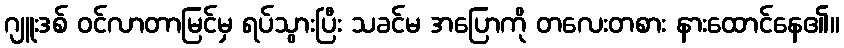
ဂျူးဒစ် ဝင်လာတာမြင်မှ ရပ်သွားပြီး သခင်မ အပြောကို တလေးတစား နားထောင်နေ၏။